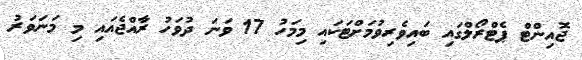
ޖޮއިންޓް ޕެޓްރޯލްގައި ބައިވެރިވުމަށްޓަކައި މިމަހު 17 ވަނަ ދުވަހު ރާއްޖެއައި މި މަނަވަރު